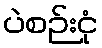
ပဲစဉ်းငုံ